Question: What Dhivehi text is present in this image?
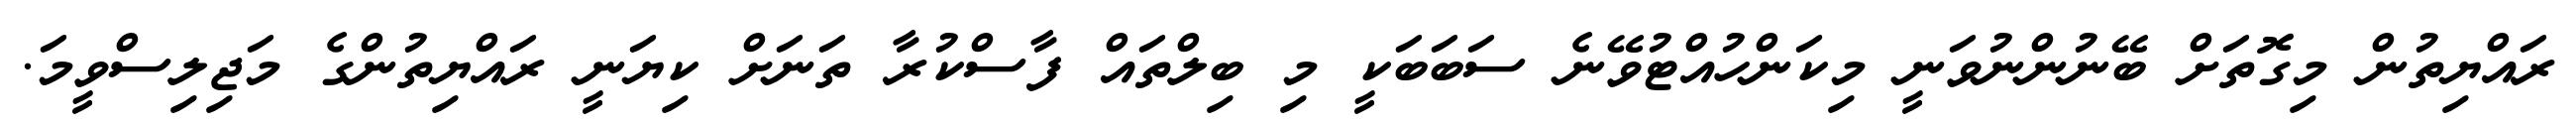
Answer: ރައްޔިތުން މިގޮތަށް ބޭނުންނުވަނީ މިކަންހުއްޓުވޭނެ ސަބަބަކީ މި ބިލްތައް ފާސްކުރާ ތަނަށް ކިޔަނީ ރައްޔިތުންގެ މަޖިލިސްވީމަ.